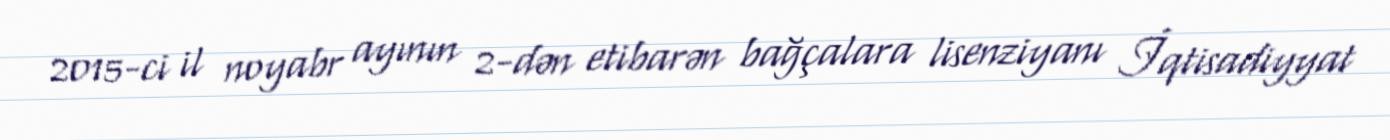
2015-ci il noyabr ayının 2-dən etibarən bağçalara lisenziyanı İqtisadiyyat